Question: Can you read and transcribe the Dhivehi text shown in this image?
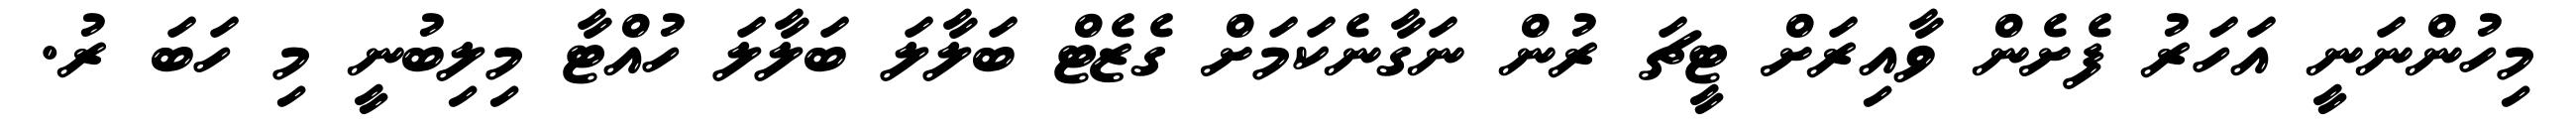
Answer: މިހުންނަނީ އަހަރު ފެށެން ވާއިރަށް ޓީޗަ ރުން ނަގާނެކަމަށް ގެޒެޓް ބަލާލަ ބަލާލަ ހުއްޓާ މިލިބުނީ މި ހަބަ ރު.